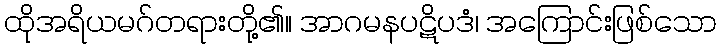
ထိုအရိယမဂ်တရားတို့၏။ အာဂမနပဋိပဒံ၊ အကြောင်းဖြစ်သော